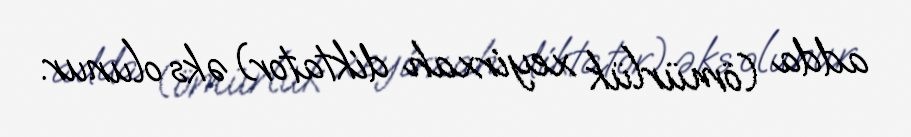
adda (ömürlük xeyirxah diktator) əks olunur.